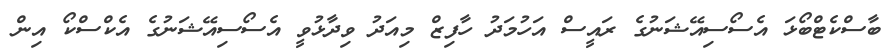
ބާސްކެޓްބޯޅަ އެސޯސިއޭޝަނުގެ ރައީސް އަހުމަދު ހާފިޒް މިއަދު ވިދާޅުވީ އެސޯސިއޭޝަނުގެ އެކްސްކޯ އިން